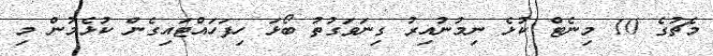
މެޗުގެ 10 މިނެޓް ކުޅެ ނިމުނުއިރު ގިނަވަގުތު ބޯޅަ ހިފަހައްޓައިގެން ކުޅެމުން މި